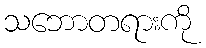
သဘောတရားကို